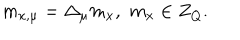
m _ { x , \mu } = \Delta _ { \mu } m _ { x } , \, \, m _ { x } \in Z _ { Q } .